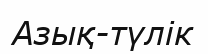
Азық-түлік